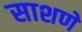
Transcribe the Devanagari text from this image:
साशणे